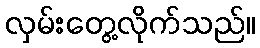
လှမ်းတွေ့လိုက်သည်။